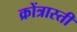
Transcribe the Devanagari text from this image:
क्रोंत्रास्ती